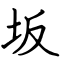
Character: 坂